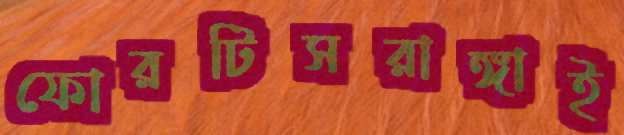
ফোরটিসরাঙ্গাই